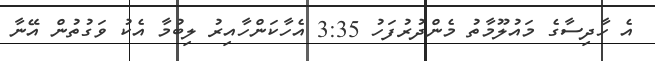
އެ ހާދިސާގެ މައުލޫމާތު މެންދުރުފަހު 3:35 އެހާކަންހާއިރު ލިބުމާ އެކު ވަގުތުން އޭނާ